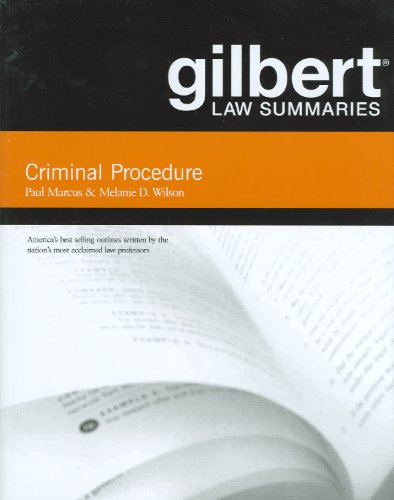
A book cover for Gilbert Law Summaries on Criminal Procedure; Paul Marcus; Law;